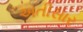
અતીસાર